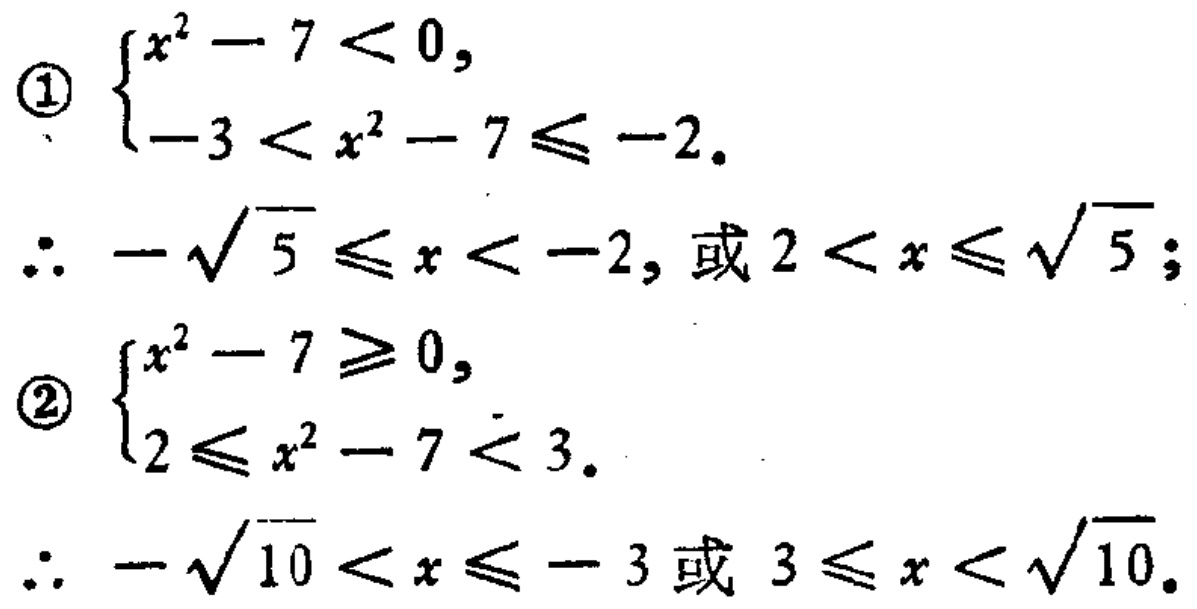
\textcircled{1} $\begin{cases}
x^{2}-7 < 0,\\
-3 < x^{2}-7\leqslant -2.
\end{cases}$
$\therefore -\sqrt{5}\leqslant x < -2,\text{或 }2 < x\leqslant\sqrt{5}$；
\textcircled{2} $\begin{cases}
x^{2}-7\geqslant 0,\\
2\leqslant x^{2}-7 < 3.
\end{cases}$
$\therefore -\sqrt{10} < x\leqslant -3\text{或 }3\leqslant x < \sqrt{10}$.